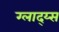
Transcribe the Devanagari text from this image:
ग्लाद्य्स